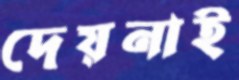
দেয়নাই